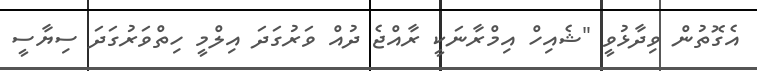
އެގޮތުން ވިދާޅުވީ "ޝެއިހް އިމްރާނަކީ ރާއްޖެ ދުއް ވަރުގަދަ އިލްމީ ހިތްވަރުގަަދަ ސިޔާސީ